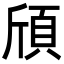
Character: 頎